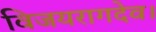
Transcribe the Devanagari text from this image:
विजयरागदेव।